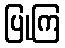
ပြုကြ